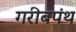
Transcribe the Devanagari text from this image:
गरीबपंथ